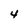
Character: 4